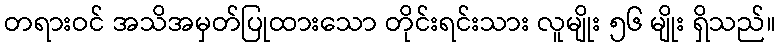
တရားဝင် အသိအမှတ်ပြုထားသော တိုင်းရင်းသား လူမျိုး ၅၆ မျိုး ရှိသည်။